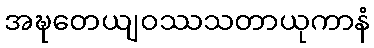
အဍ္ဎတေယျဝဿသတာယုကာနံ